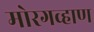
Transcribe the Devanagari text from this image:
मोरगव्हाण